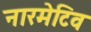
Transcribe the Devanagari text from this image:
नारमेटिव